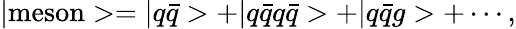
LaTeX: |\mathrm{meson}>=|q\bar{q}>+|q\bar{q}q\bar{q}>+|q\bar{q}g>+\cdots,